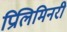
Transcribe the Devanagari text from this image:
प्रिलिमिनरी